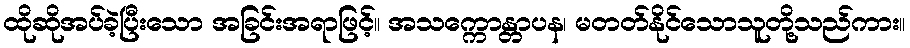
ထိုဆိုအပ်ခဲ့ပြီးသော အခြင်းအရာဖြင့်။ အသက္ကောန္တာပန၊ မတတ်နိုင်သောသူတို့သည်ကား။